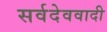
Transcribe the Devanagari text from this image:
सर्वदेववादी